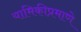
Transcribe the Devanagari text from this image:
यामिकीप्रमाणे